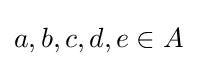
a,b,c,d,e\in A